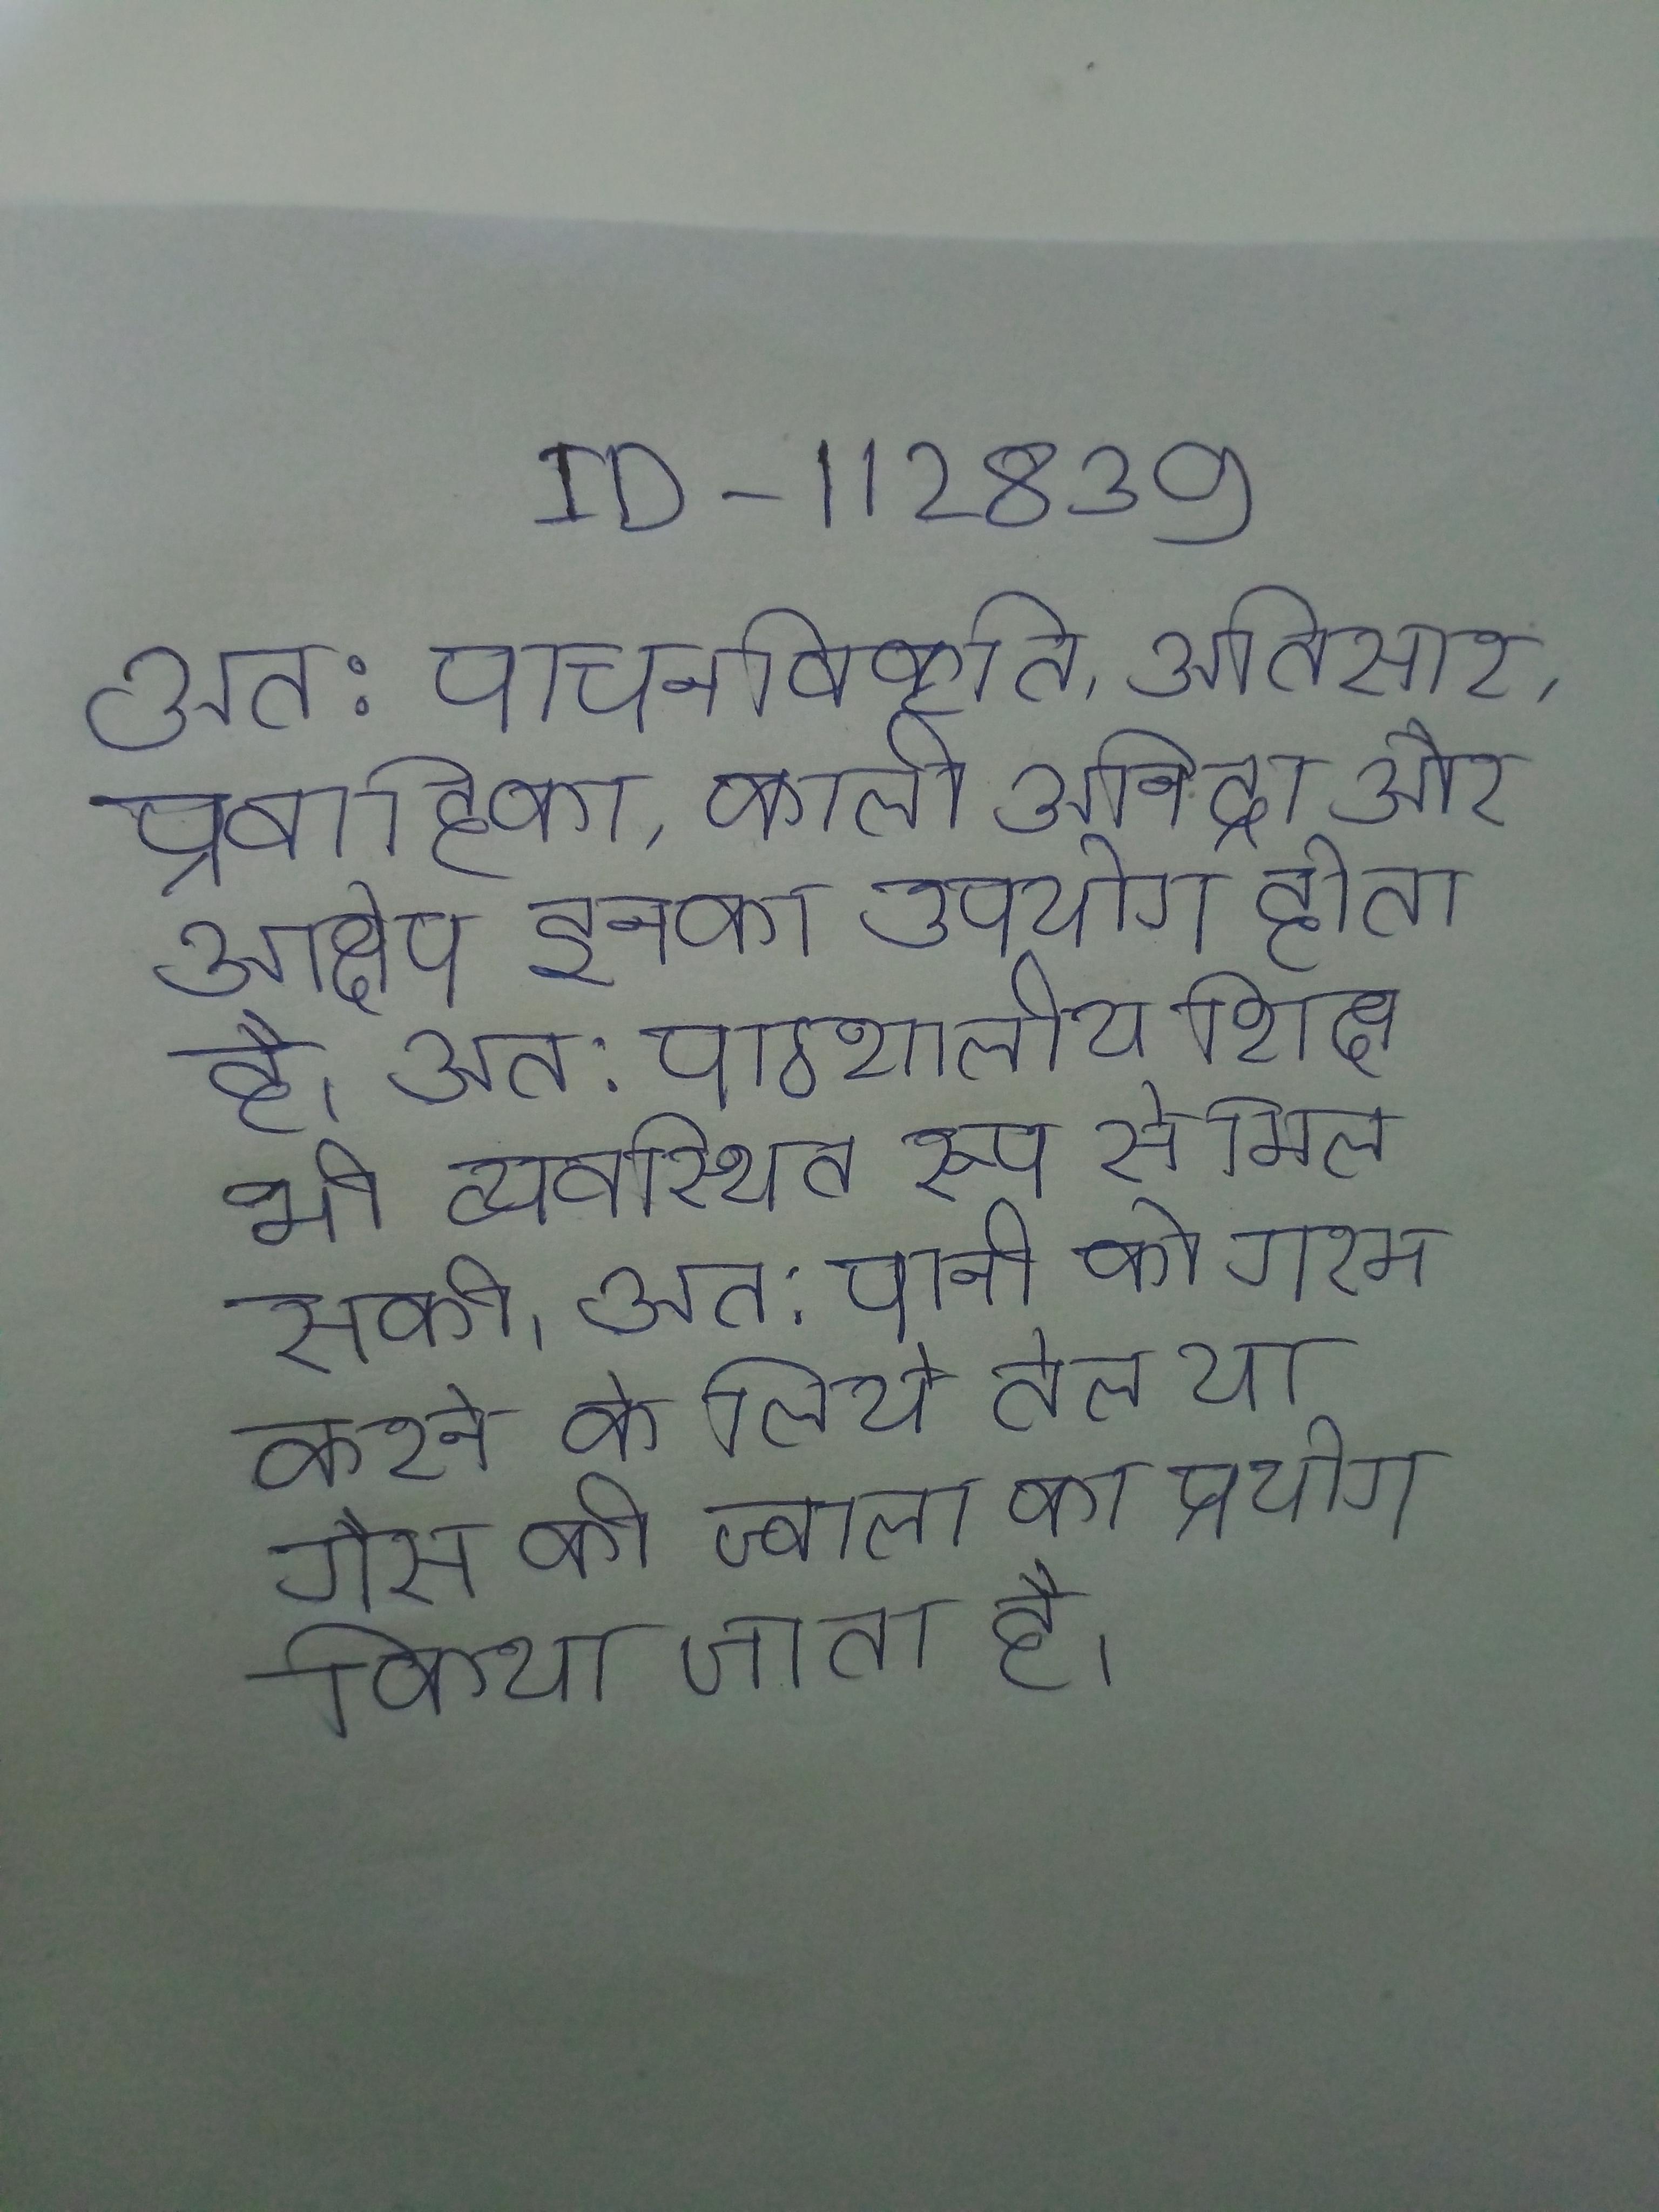
अत: पाचनविकृति, अतिसार, प्रवाहिका, काली अनिद्रा और आक्षेप इनका उपयोग होता है । अत: पाठशालीय शिक्षा भी व्यवस्थित रूप से मिल सकी । अत: पानी को गरम करने के लिये तेल या गैस की ज्वाला का प्रयोग किया जाता है ।